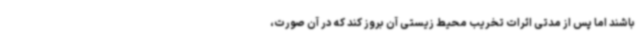
باشند اما پس از مدتی اثرات تخریب محیط زیستی آن بروز کند که در آن صورت،